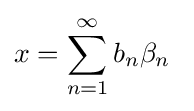
x=\sum _{n=1}^{\infty }b_{n}\beta _{n}\